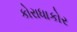
કોરાધાકોર